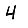
Digit: 4